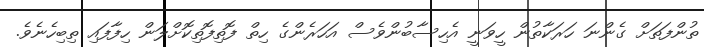
ތުންފަތަށް ގެންނަ ހަރަކާތުން ހީވަނީ އެހިސާބުންވެސް އަހަރެންގެ ހިތް ފޮތިފޮތިކޮށްލަން ހިފާފައި ތިބިހެނެވެ.